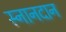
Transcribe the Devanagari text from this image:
स्नानदान